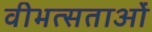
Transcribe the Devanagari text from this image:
वीभत्सताओं